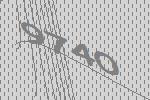
9740